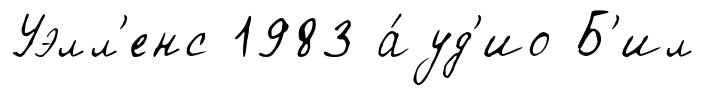
Уэлл'енс 1983 а́уд'ио Б'ил